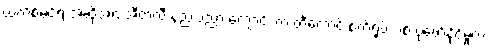
ယက်စ်မင်ရဲ့ အဆိုအရ အီတလီ နည်းပညာ ကျောင်း က တီကောင် စက်ရုပ်သစ် ပုံဖော်နိုင်မှုက